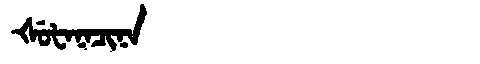
Manchu: ᡧᡠᡶᠠᠨᠠᠴᡳᠨᠠ
Romanization: ŠUFANACINA